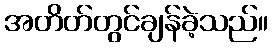
အတိတ်တွင်ချန်ခဲ့သည်။